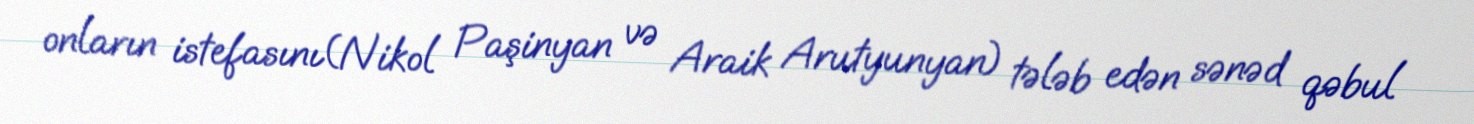
onların istefasını(Nikol Paşinyan və Araik Arutyunyan) tələb edən sənəd qəbul